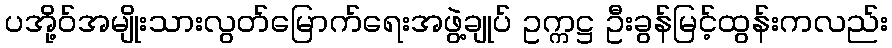
ပအို့ဝ်အမျိုးသားလွတ်မြောက်ရေးအဖွဲ့ချုပ် ဥက္ကဋ္ဌ ဦးခွန်မြင့်ထွန်းကလည်း